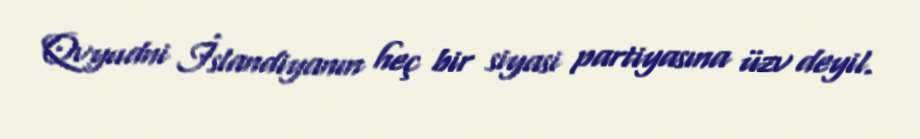
Qvyudni İslandiyanın heç bir siyasi partiyasına üzv deyil.